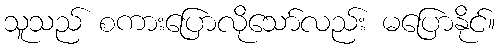
သူသည် စကားပြောလိုသော်လည်း မပြောနိုင်။